Annual statistical returns and brief notes on vaccination in Bengal - 1896-1909
Year: 1896
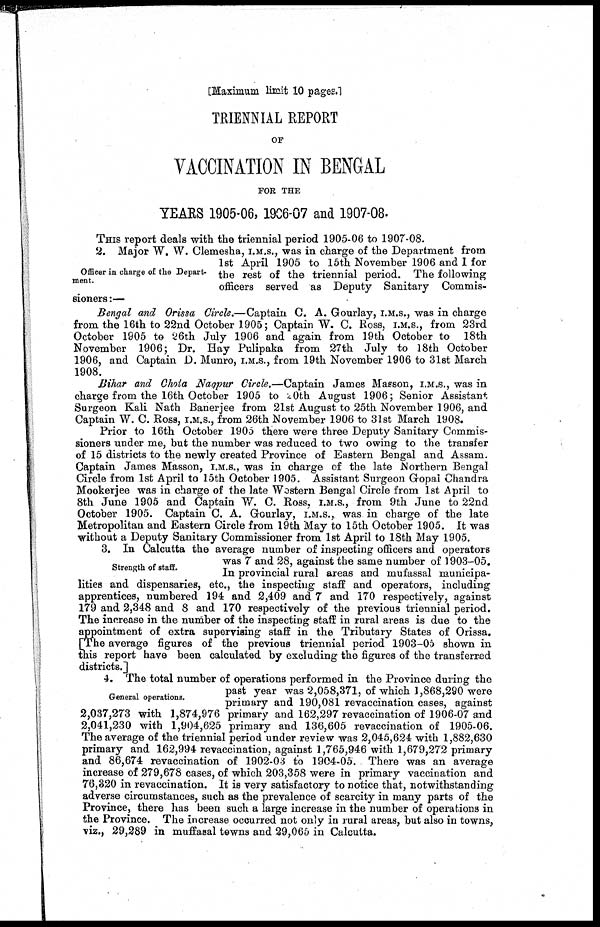
[Maximum limit 10 pages.]
TRIENNIAL REPORT
OF
VACCINATION IN BENGAL
FOR THE
YEARS 1905-06, 1906-07 and 1907-08.
THIS report deals with the triennial period 1905-06 to 1907-08.
Officer in charge of the Depart-
ment.
2. Major W. W. Clemesha, I.M.S., was in charge of the Department from
1st April 1905 to 15th November 1906 and I for
the rest of the triennial period. The following
officers served as Deputy Sanitary Commis-
sioners :—
Bengal and Orissa Circle.—Captain C. A. Gourlay, I.M.S., was in charge
from the 16th to 22nd October 1905; Captain W. C. Ross, I.M.S., from 23rd
October 1905 to 26th July 1906 and again from 19th October to 18th
November 1906; Dr. Hay Pulipaka from 27th July to 18th October
1906, and Captain D. Munro, I.M.S., from 19th November 1906 to 31st March
1908.
Bihar and Chota Nagpur Circle.—Captain James Masson, I.M.S., was in
charge from the 16th October 1905 to 20th August 1906; Senior Assistant
Surgeon Kali Nath Banerjee from 21st August to 25th November 1906, and
Captain W. C. Ross, I.M.S., from 26th November 1906 to 31st March 1908.
Prior to 16th October 1905 there were three Deputy Sanitary Commis-
sioners under me, but the number was reduced to two owing to the transfer
of 15 districts to the newly created Province of Eastern Bengal and Assam.
Captain James Masson, I.M.S., was in charge of the late Northern Bengal
Circle from 1st April to 15th October 1905. Assistant Surgeon Gopal Chandra
Mookerjee was in charge of the late Wostern Bengal Circle from 1st April to
8th June 1905 and Captain W. C. Ross, I.M.S., from 9th June to 22nd
October 1905. Captain C. A. Gourlay, I.M.S., was in charge of the late
Metropolitan and Eastern Circle from 19th May to 15th October 1905. It was
without a Deputy Sanitary Commissioner from 1st April to 18th May 1905.
Strength of staff.
3. In Calcutta the average number of inspecting officers and operators
was 7 and 28, against the same number of 1903-05.
In provincial rural areas and mufassal municipa-
lities and dispensaries, etc., the inspecting staff and operators, including
apprentices, numbered 194 and 2,409 and 7 and 170 respectively, against
179 and 2,348 and 8 and 170 respectively of the previous triennial period.
The increase in the number of the inspecting staff in rural areas is due to the
appointment of extra supervising staff in the Tributary States of Orissa.
[The average figures of the previous triennial period 1903-05 shown in
this report have been calculated by excluding the figures of the transferred
districts.]
General operations.
4. The total number of operations performed in the Province during the
past year was 2,058,371, of which 1,868,290 were
primary and 190,081 revaccination cases, against
2,037,273 with 1,874,976 primary and 162,297 revaccination of 1906-07 and
2,041,230 with 1,904,625 primary and 136,605 revaccination of 1905-06.
The average of the triennial period under review was 2,045,624 with 1,882,630
primary and 162,994 revaccination, against 1,765,946 with 1,679,272 primary
and 86,674 revaccination of 1902-03 to 1904-05. There was an average
increase of 279,678 cases, of which 203,358 were in primary vaccination and
76,320 in revaccination. It is very satisfactory to notice that, notwithstanding
adverse circumstances, such as the prevalence of scarcity in many parts of the
Province, there has been such a large increase in the number of operations in
the Province. The increase occurred not only in rural areas, but also in towns,
viz., 29,289 in muffasal towns and 29,065 in Calcutta.